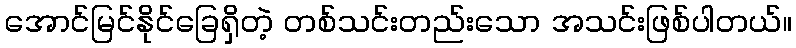
အောင်မြင်နိုင်ခြေရှိတဲ့ တစ်သင်းတည်းသော အသင်းဖြစ်ပါတယ်။